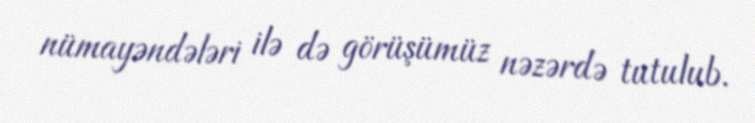
nümayəndələri ilə də görüşümüz nəzərdə tutulub.